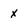
Character: x